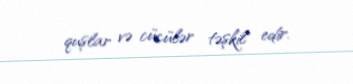
quşlar və cücülər təşkil edir.